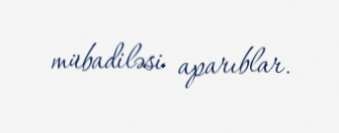
mübadiləsi aparıblar.